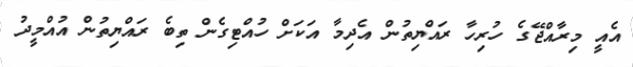
އެއީ މިރާއްޖޭގެ ހުރިހާ ރައްޔިތުން އެދިމާ އަކަށް ހުއްޓިގެން ތިބެ ރައްޔިތުން އުއްމީދު